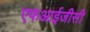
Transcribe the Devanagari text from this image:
एफआईजीसी